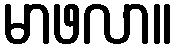
မာဖလာ။